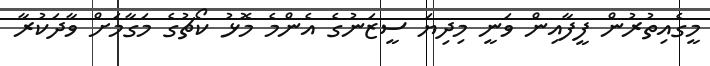
މީގެއިތުރުން ފީފާއިން ވަނީ މިދިޔަ ސީޒަނުގެ އެންމެ މޮޅު ކޯޗުގެ މަގާމަށް ވާދަކުރާ